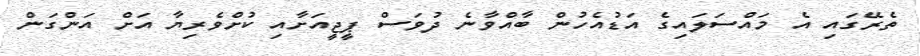
ތެރޭގައި އެ މައްސަލައިގެ އަޑުއެހުން ބާއްވާނެ ދުވަސް ޕީޖީއަށާއި ކުށްވެރިޔާ އަށް އަންގަން